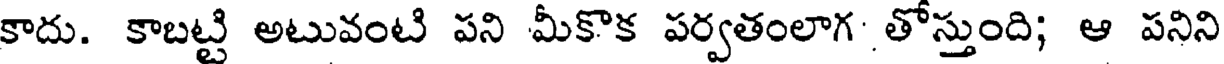
కాదు. కాబట్టి అటువంటి పని మీకొక పర్వతంలాగ తోస్తుంది; ఆ పనిని